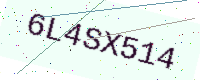
Text: 6L4SX514